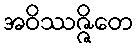
အဝိဿဇ္ဇိတေ